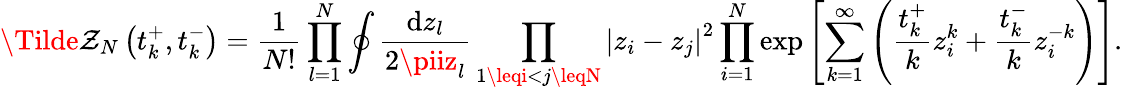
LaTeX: \Tilde{\mathcal{Z}}_{N}\left(t_{k}^{+},t_{k}^{-}\right)=\frac{{1}}{{N!}}\prod_{l=1}^{N}\oint\frac{{{\mathrm{{d}}}z_{l}}}{{2\piiz_{l}}}\prod_{1\leqi<j\leqN}\left|z_{i}-z_{j}\right|^{2}\prod_{i=1}^{N}\exp\left[\sum_{k=1}^{\infty}\left(\frac{{t_{k}^{+}}}{{k}}z_{i}^{k}+\frac{{t_{k}^{-}}}{{k}}z_{i}^{-k}\right)\right].